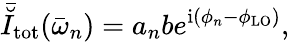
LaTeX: \bar{\breve{I}}_{\mathrm{tot}}(\bar{\omega}_{n})=a_{n}be^{\mathrm{{i}}(\phi_{n}-\phi_{\mathrm{LO}})},